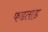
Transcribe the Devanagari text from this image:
फडताड